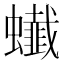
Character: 䘂